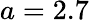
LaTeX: a=2.7